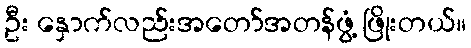
ဦး နှောက်လည်းအတော်အတန်ဖွံ့ ဖြိုးတယ်။